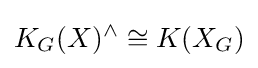
K_{G}(X)^{\wedge }\cong K(X_{G})